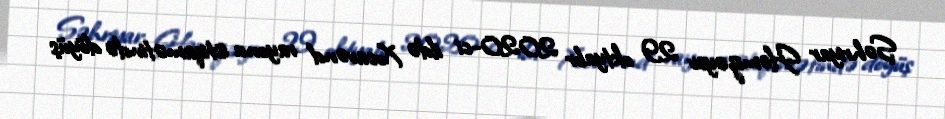
Şəhriyar Həmizəyev 29 oktyabr 2020-ci ildə Xocavənd rayonu istiqamətində döyüş